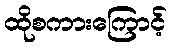
ထိုစကားကြောင့်